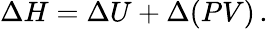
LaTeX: \Delta H=\Delta U+\Delta(PV)\, .